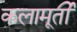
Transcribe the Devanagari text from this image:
कलामूर्ती